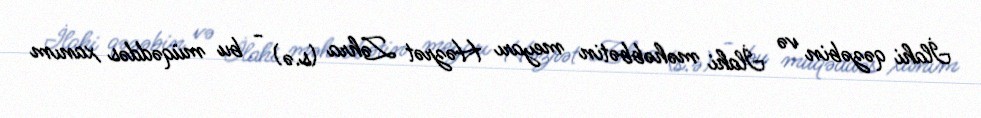
İlahi qəzəbin və İlahi məhəbbətin meyarı Həzrət Zəhra (s.ə) - bu müqəddəs xanım